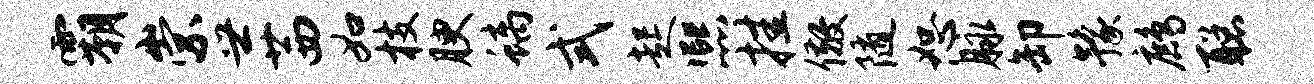
霸崇世茜如枝腴螭式起熙挂儆随恕脉卸豫鹧聪